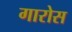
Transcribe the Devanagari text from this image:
गारोस